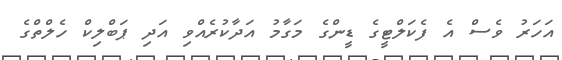
އަހަރު ވެސް އެ ފެކަލްޓީގެ ޑީންގެ މަގާމު އަދާކުރެއްވި އަދި ޕަބްލިކް ހެލްތްގެ